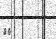
٢٦